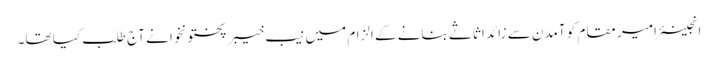
انجینئر امیر مقام کو آمدن سے زائد اثاثے بنانے کے الزام میں نیب خیبرپختونخوا نے آج طلب کیا تھا۔